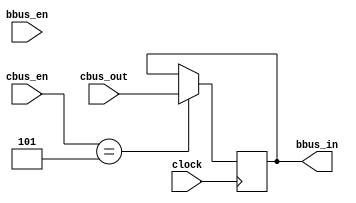
module reg2(	input [31:0] cbus_out,
					input clock,
					input [3:0] cbus_en,
					input [2:0] bbus_en,
					output wire [31:0] bbus_in);
					
	reg [31:0] data = 0;
	initial begin
		data = 0;
	end
	/*
	reg [31:0] b_out = 0;
	
	always @(posedge clock)
		begin 
			if (bbus_en == 3'b101)
				b_out <= data;
		end 
	*/
	always @(negedge clock)
		begin
			if (cbus_en == 4'b0101)
				data <= cbus_out;
		end
	
	assign bbus_in = data; 

endmodule